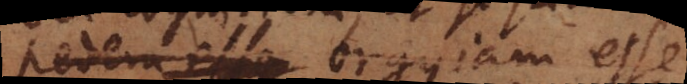
orgyiam esse